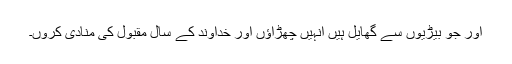
اور جو بیڑیوں سے گھایل ہیں اُنہیں چھڑُاؤں اور خداوند کے سال مقبول کی مُنادی کروں۔